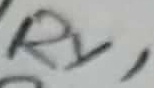
Text: RY1